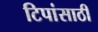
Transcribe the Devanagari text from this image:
टिपांसाठी